Reports on dispensaries and lunatic asylums in the Province of Oudh - 1869-1876
Year: 1869
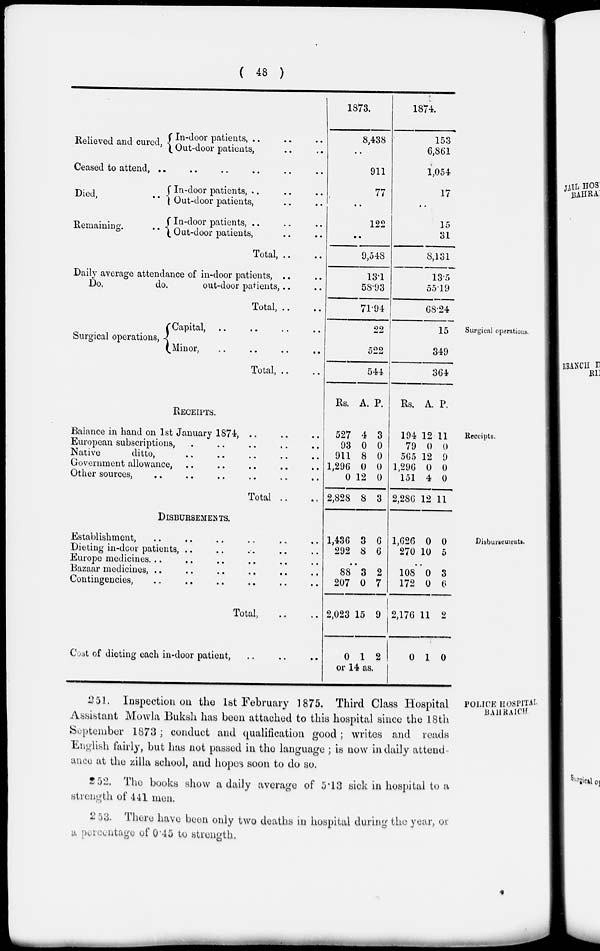
( 48 )
Relieved and cured,
In-door patients, .. .. ..
Out-door patients, .. ..
Ceased to attend,
..
..
..
..
..
..
Died,
Remaining.
In-door patients, .. .. ..
Out-door patients, .. ..
In-door patients, .. .. ..
Out-door patients, .. ..
Total, .. ..
Daily average attendance of in-door patients, .. ..
Do.
do.
out-door patients, .. ..
Total, .. ..
1873.
8,438
..
911
77
..
122
..
9,548
13.1
58.93
71.94
1874.
153
6,861
1,054
17
..
15
31
8,131
13.5
55.19
68.24
Surgical operations.
Surgical operations,
Capital, .. .. .. ..
Minor, .. .. .. ..
Total, .. ..
22
522
544
15
349
364
Receipts.
RECEIPTS.
Balance in hand on 1st January 1874, .. .. ..
European subscriptions, .. .. .. .. ..
Native
ditto, .. .. .. ..
Government allowance, .. .. .. .. ..
Other sources, .. .. .. .. .. ..
Total .. ..
Rs.
527
93
911
1,296
0
2,828
A.
4
0
8
0
12
8
P.
3
0
0
0
0
3
Rs.
194
79
565
1,296
151
2,286
A.
12
0
12
0
4
12
P.
11
0
9
0
0
11
Disbursements.
DISBURSEMENTS.
Establishment, .. .. .. .. .. ..
Dieting in-door patients, .. .. .. .. ..
Europe medicines. .. .. .. .. .. ..
Bazaar medicines, .. .. .. .. .. ..
Contingencies, .. .. .. .. .. ..
Total, .. ..
Cost of dieting each in-door patient, .. .. ..
1,436
292
3
8
6
6
..
88
207
2,023
0
3
0
15
1
2
7
9
2
or 14 as
1,626
270
0
10
0
5
..
108
172
2,176
0
0
0
11
1
3
6
2
0
POLICE HOSPITAL
BAHRAICH
251. Inspection on the 1st February 1875. Third Class Hospital
Assistant Mowla Buksh has been attached to this hospital since the 18 th
September 1873; conduct and qualification good; writes and reads
English fairly, but has not passed in the language ; is now in daily attend
ance at the zilla school, and hopes soon to do so.
252. The books show a daily average of 5.13 sick in hospital to a
strength of 441 men.
253. There have been only two deaths in hospital during the year, of
a percentage of 0.45 to strength.